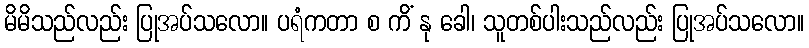
မိမိသည်လည်း ပြုအပ်သလော။ ပရံကတာ စ ကိံ နု ခေါ၊ သူတစ်ပါးသည်လည်း ပြုအပ်သလော။